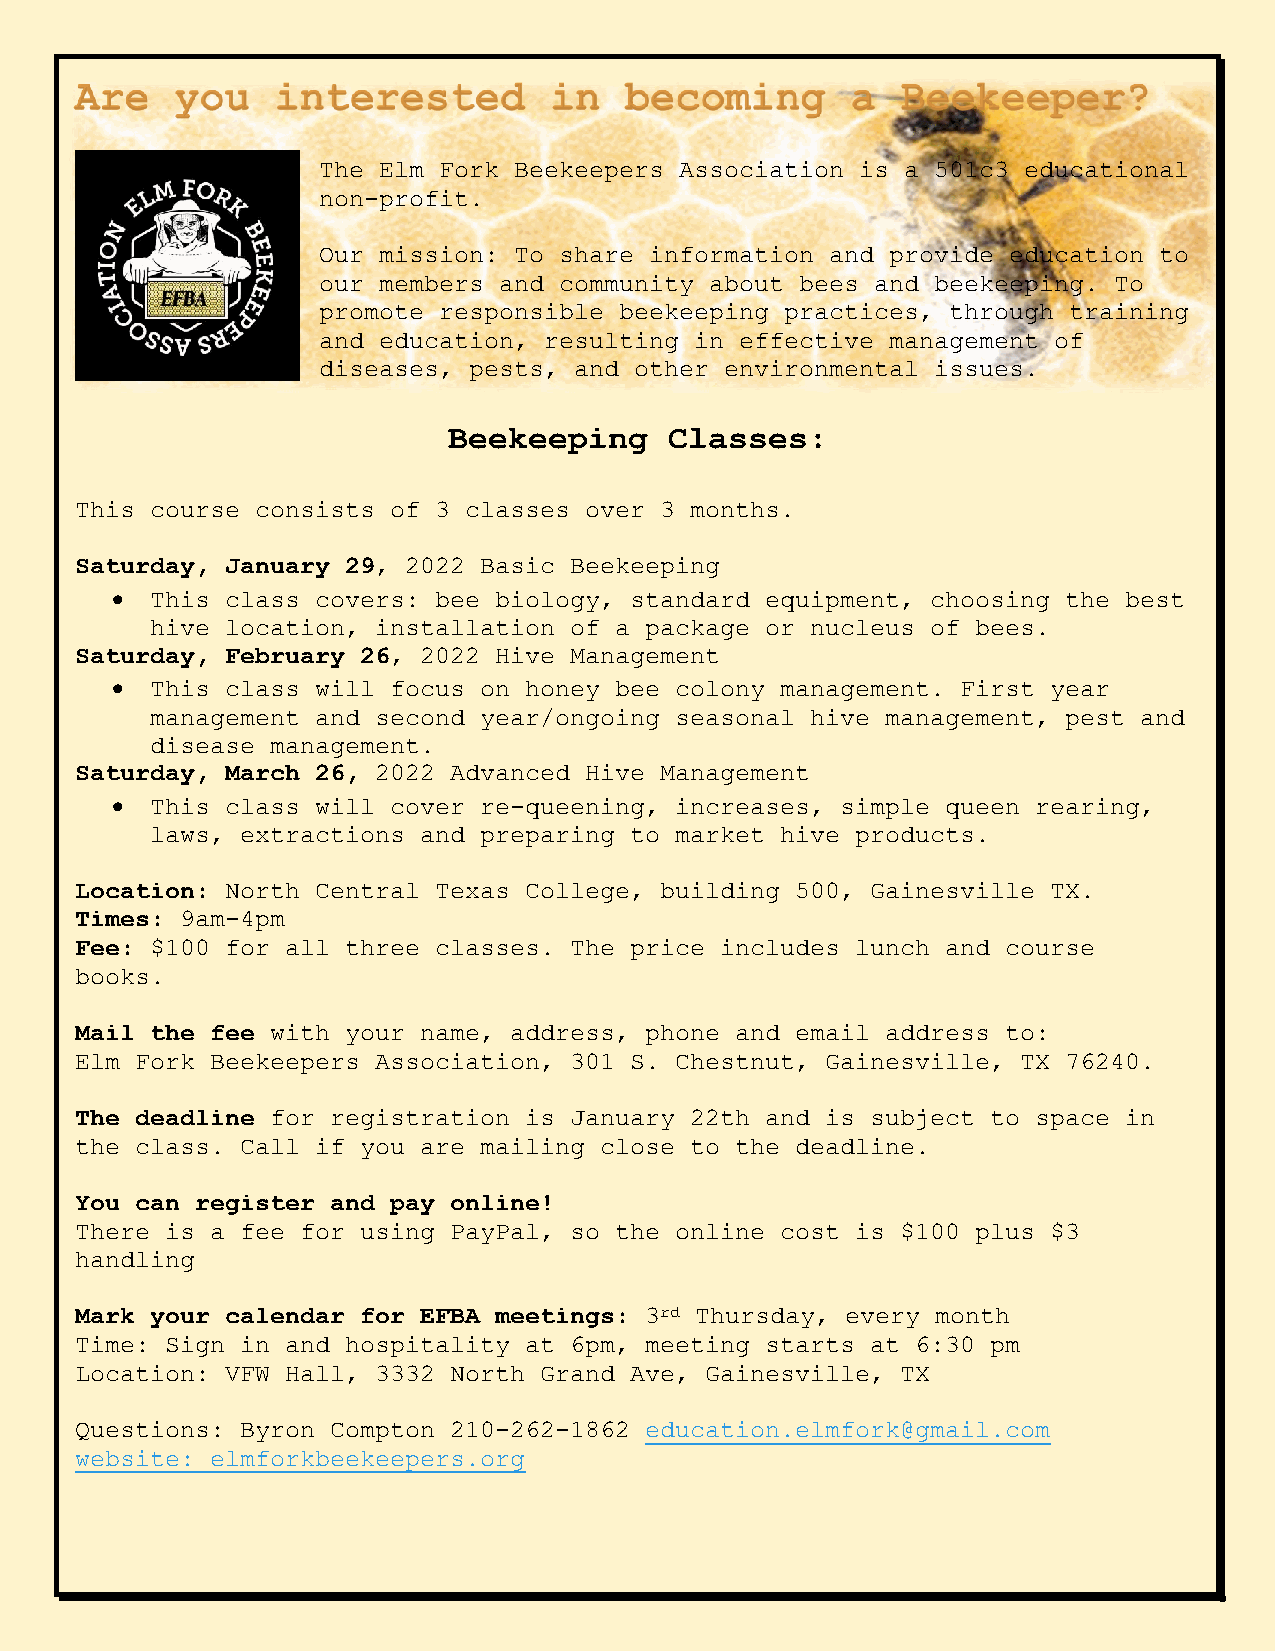
The Elm Fork Beekeepers Association is a 501c3 educational
 non-profit.
 Our mission: To share information and provide education to
 our members and community about bees and beekeeping. To
 promote responsible beekeeping practices, through training
 and education, resulting in effective management of
 diseases, pests, and other environmental issues.
 Beekeeping    Classes:
 This course consists of 3 classes over 3 months.
 Saturday, January 29, 2022 Basic Beekeeping
   This class covers: bee biology, standard equipment, choosing the best
 hive location, installation of a package or nucleus of bees.
 Saturday, February 26, 2022 Hive Management
   This class will focus on honey bee colony management. First year
 management and second year/ongoing seasonal hive management, pest and
 disease management.
 Saturday, March 26, 2022 Advanced Hive Management
   This class will cover re-queening, increases, simple queen rearing,
 laws, extractions and preparing to market hive products.
 Location: North Central Texas College, building 500, Gainesville TX.
 Times: 9am-4pm
 Fee: $100 for all three classes. The price includes lunch and course
 books.
 Mail the fee with your name, address, phone and email address to:
 Elm Fork Beekeepers Association, 301 S. Chestnut, Gainesville, TX 76240.
 The deadline for registration is January 22th and is subject to space in
 the class. Call if you are mailing close to the deadline.
 You can register and pay online!
 There is a fee for using PayPal, so the online cost is $100 plus $3
 handling
 Mark your calendar for EFBA meetings: 3rd Thursday, every month
 Time: Sign in and hospitality at 6pm, meeting starts at 6:30 pm
 Location: VFW Hall, 3332 North Grand Ave, Gainesville, TX
 Questions: Byron Compton 210-262-1862 education.elmfork@gmail.com
 website: elmforkbeekeepers.org